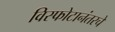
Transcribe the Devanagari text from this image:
विस्फोटानंतरचे